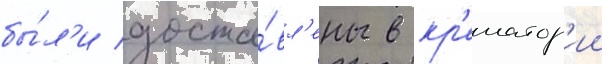
бы́л'и доста́вл'ены в кр'ематор'ии